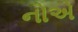
નોએ